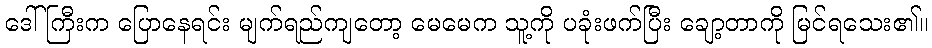
ဒေါ်ကြီးက ပြောနေရင်း မျက်ရည်ကျတော့ မေမေက သူ့ကို ပခုံးဖက်ပြီး ချော့တာကို မြင်ရသေး၏။